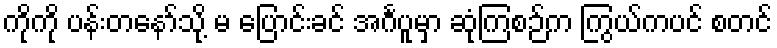
ကိုကို ပန်းတနော်သို့ မ ပြောင်းခင် အင်္ဂပူမှာ ဆုံကြစဉ်က ကြွယ်ကပင် စတင်